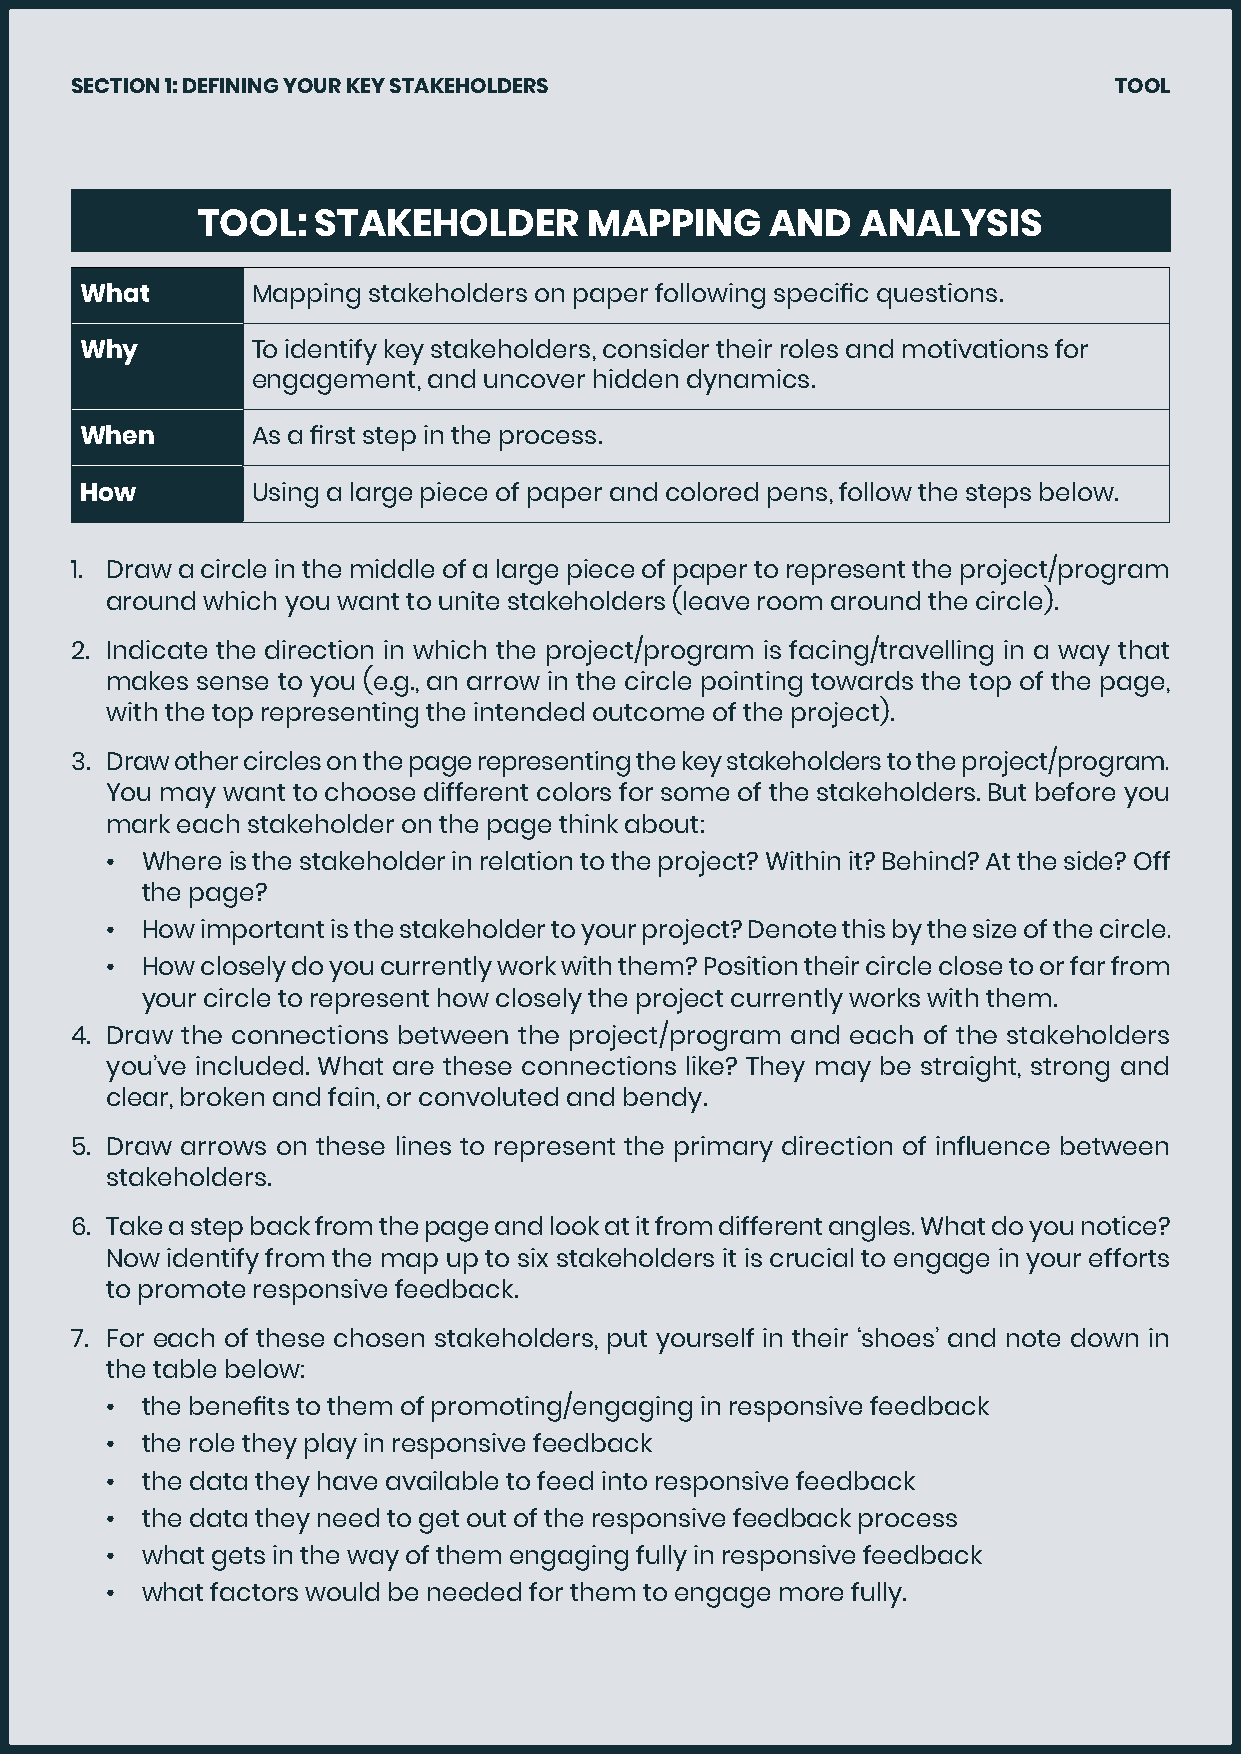
SECTION 1: DEFINING YOUR KEY STAKEHOLDERS                            TOOL
 TOOL:   STAKEHOLDER       MAPPING     AND   ANALYSIS
 What        Mapping stakeholders on paper following specific questions.
 Why         To identify key stakeholders, consider their roles and motivations for
 engagement, and uncover hidden dynamics.
 When        As a first step in the process.
 How         Using a large piece of paper and colored pens, follow the steps below.
 1. Draw a circle in the middle of a large piece of paper to represent the project/program
 around which you want to unite stakeholders (leave room around the circle).
 2. Indicate the direction in which the project/program is facing/travelling in a way that
 makes sense to you (e.g., an arrow in the circle pointing towards the top of the page,
 with the top representing the intended outcome of the project).
 3. Draw other circles on the page representing the key stakeholders to the project/program.
 You may want to choose different colors for some of the stakeholders. But before you
 mark each stakeholder on the page think about:
 • Where is the stakeholder in relation to the project? Within it? Behind? At the side? Off
 the page?
 • How important is the stakeholder to your project? Denote this by the size of the circle.
 • How closely do you currently work with them? Position their circle close to or far from
 your circle to represent how closely the project currently works with them.
 4. Draw the connections between the project/program and each of the stakeholders
 you’ve included. What are these connections like? They may be straight, strong and
 clear, broken and fain, or convoluted and bendy.
 5. Draw arrows on these lines to represent the primary direction of influence between
 stakeholders.
 6. Take a step back from the page and look at it from different angles. What do you notice?
 Now identify from the map up to six stakeholders it is crucial to engage in your efforts
 to promote responsive feedback.
 7. For each of these chosen stakeholders, put yourself in their ‘shoes’ and note down in
 the table below:
 • the benefits to them of promoting/engaging in responsive feedback
 • the role they play in responsive feedback
 • the data they have available to feed into responsive feedback
 • the data they need to get out of the responsive feedback process
 • what gets in the way of them engaging fully in responsive feedback
 • what factors would be needed for them to engage more fully.
 11